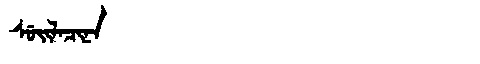
Manchu: ᠰᡠᡳᠯᠠᠴᡳᠨᠠ
Romanization: SUILACINA